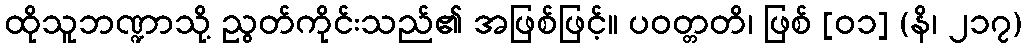
ထိုသူဘဏ္ဍာသို့ ညွတ်ကိုင်းသည်၏ အဖြစ်ဖြင့်။ ပဝတ္တတိ၊ ဖြစ် [၀၁] (နိ၊ ၂၁၇)